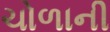
ચોળાની